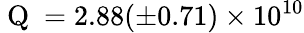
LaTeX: \mathrm{~Q~}=2.88(\pm 0.71)\times 10^{10}